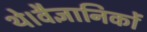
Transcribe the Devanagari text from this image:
थे।वैज्ञानिकों